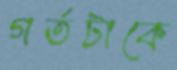
গর্তটাকে